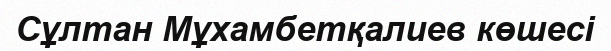
Сұлтан Мұхамбетқалиев көшесі